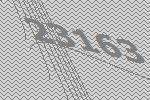
23163